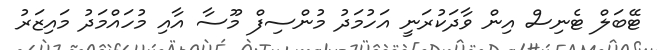
ޓޭބަލް ޓެނިސް އިން ވާދަކުރަނީ އަހުމަދު މުންސިފް މޫސާ އާއި މުހައްމަދު މައިޒަރު